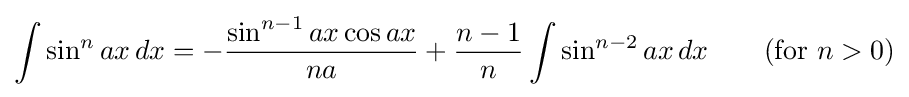
\int \sin ^{n}{ax}\,dx=-{\frac {\sin ^{n-1}ax\cos ax}{na}}+{\frac {n-1}{n}}\int \sin ^{n-2}ax\,dx\qquad {\mbox{(for }}n>0{\mbox{)}}